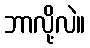
ဘာလို့လဲ။